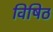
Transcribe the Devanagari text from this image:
विषिठ